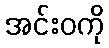
အင်းဝကို